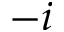
- i